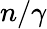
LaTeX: n/\gamma